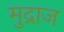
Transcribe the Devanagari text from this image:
मुद्राज